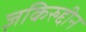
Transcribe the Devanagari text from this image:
ज़किरुद्दीन